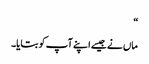
“
ماں نے جیسے اپنے آپ کو بتایا۔